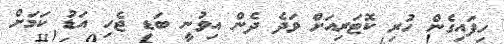
ހިފައިގެން ހުރި ކޮޓަރިއަށް ވަދެ ދެން އިވުނީ ބަޑި ޖެހި އަޑު ކަމަށް